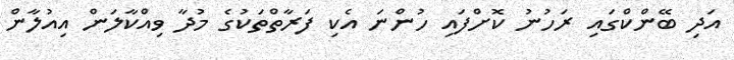
އަދި ބޭންކްގައި ރަހުނު ކޮށްފައި ހުންނަ އެކި ފަރާތްތަކުގެ މުދާ ވިއްކާލަން އިއުލާން